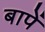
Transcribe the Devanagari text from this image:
बापें